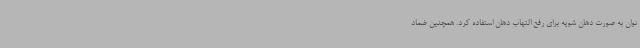
توان به صورت دهان شویه برای رفع التهاب دهان استفاده کرد. همچنین ضماد